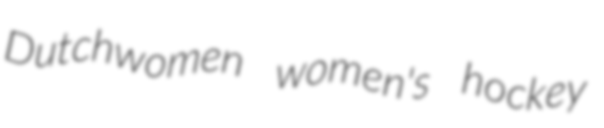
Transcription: Dutchwomen women's hockey